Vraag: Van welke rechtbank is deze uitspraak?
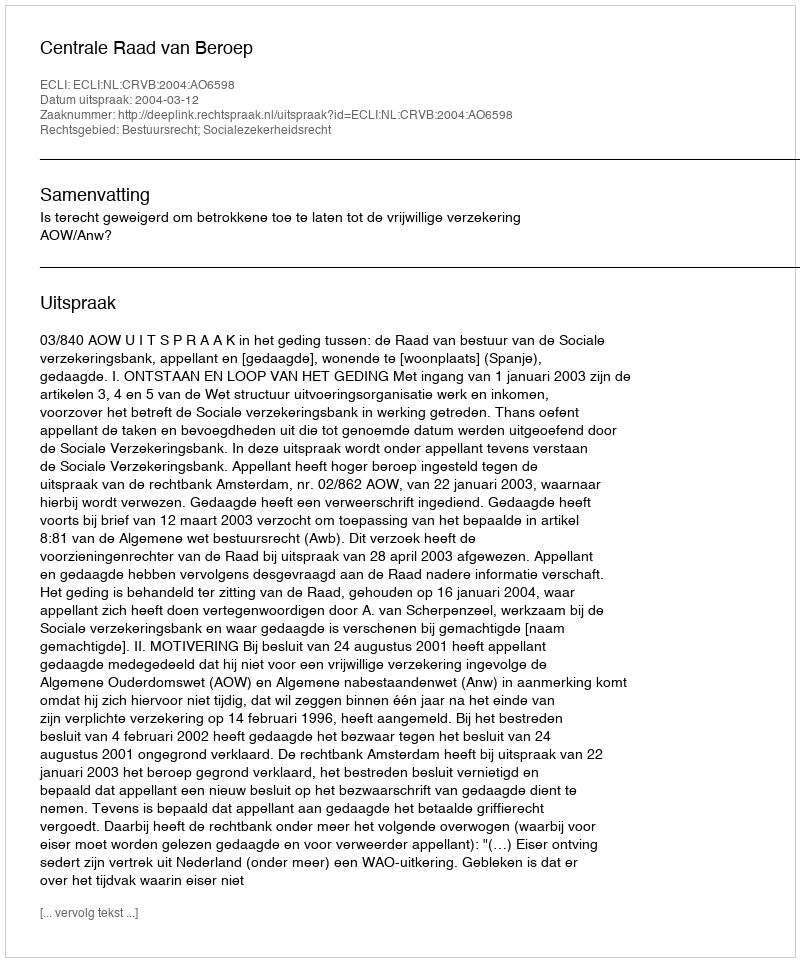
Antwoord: Centrale Raad van Beroep